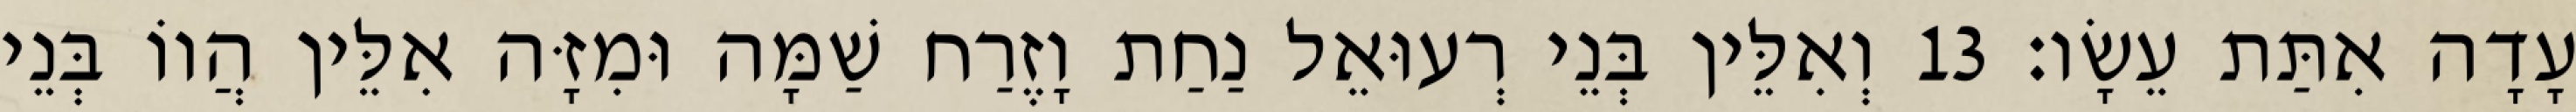
עָדָה אִתַּת עֵשָׂו׃ 13 וְאִלֵּין בְּנֵי רְעוּאֵל נַחַת וָזֶרַח שַׁמָּה וּמִזָּה אִלֵּין הֲווֹ בְּנֵי